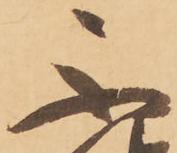
不